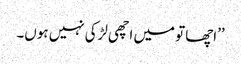
’’اچھا تو میں اچھی لڑکی نہیں ہوں۔